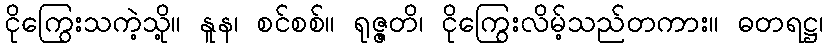
ငိုကြွေးသကဲ့သို့။ နူန၊ စင်စစ်။ ရုဇ္ဇတိ၊ ငိုကြွေးလိမ့်သည်တကား။ ဓတရဋ္ဌ၊